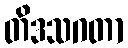
တိဒသဂတာ